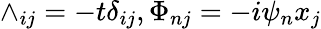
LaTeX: \wedge_{ij}=-t\delta_{ij},\Phi_{nj}=-i\psi_{n}x_{j}